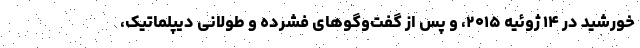
خورشید در ۱۴ ژوئیه ۲۰۱۵، و پس از گفت‌وگوهای فشرده و طولانی دیپلماتیک،